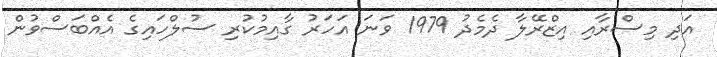
އަދި މިސްރާއި އިޒްރޭލާ ދެމެދު 1979 ވަނަ އަހަރު ގާއިމުކުރި ސުލްހައިގެ އެއްބަސްވުން